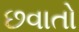
છવાતો